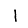
Digit: 1